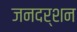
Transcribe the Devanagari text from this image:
जनदर्शन